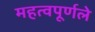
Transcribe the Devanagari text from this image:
महत्वपूर्णले